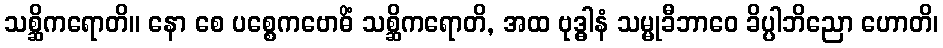
သစ္ဆိကရောတိ။ နော စေ ပစ္စေကဗောဓိံ သစ္ဆိကရောတိ, အထ ဗုဒ္ဓါနံ သမ္မုခီဘာဝေ ခိပ္ပါဘိညော ဟောတိ၊